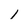
Character: 1